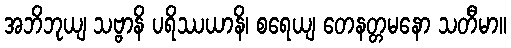
အဘိဘုယျ သဗ္ဗာနိ ပရိဿယာနိ၊ စရေယျ တေနတ္တမနော သတီမာ။